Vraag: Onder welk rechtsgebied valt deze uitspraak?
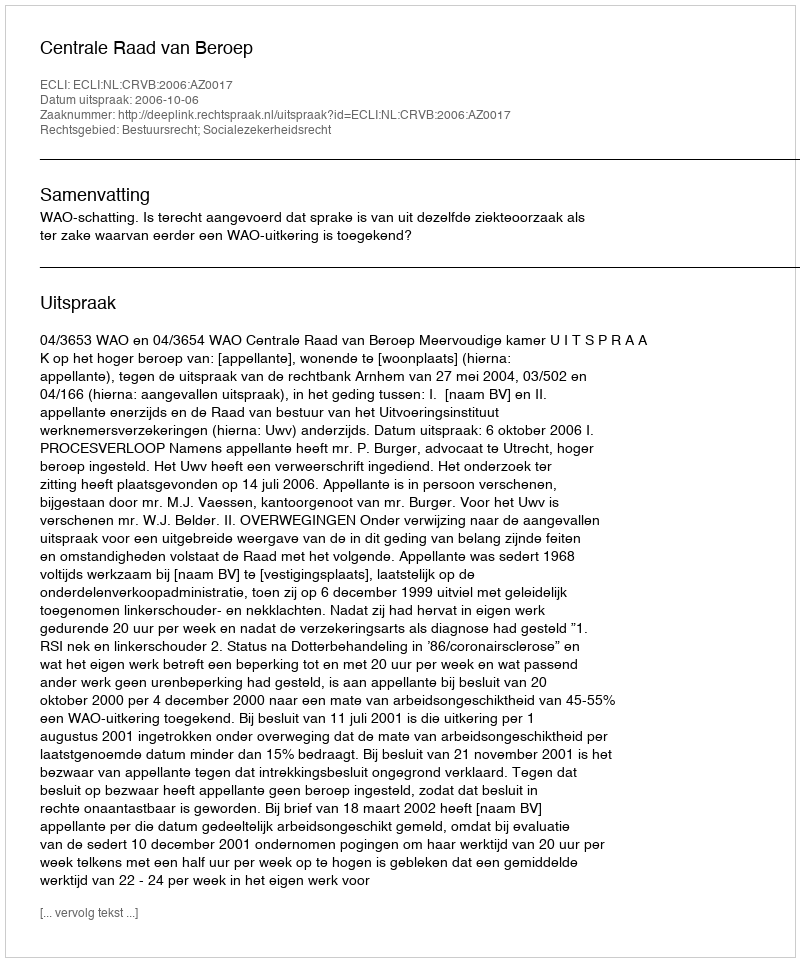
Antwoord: Bestuursrecht; Socialezekerheidsrecht